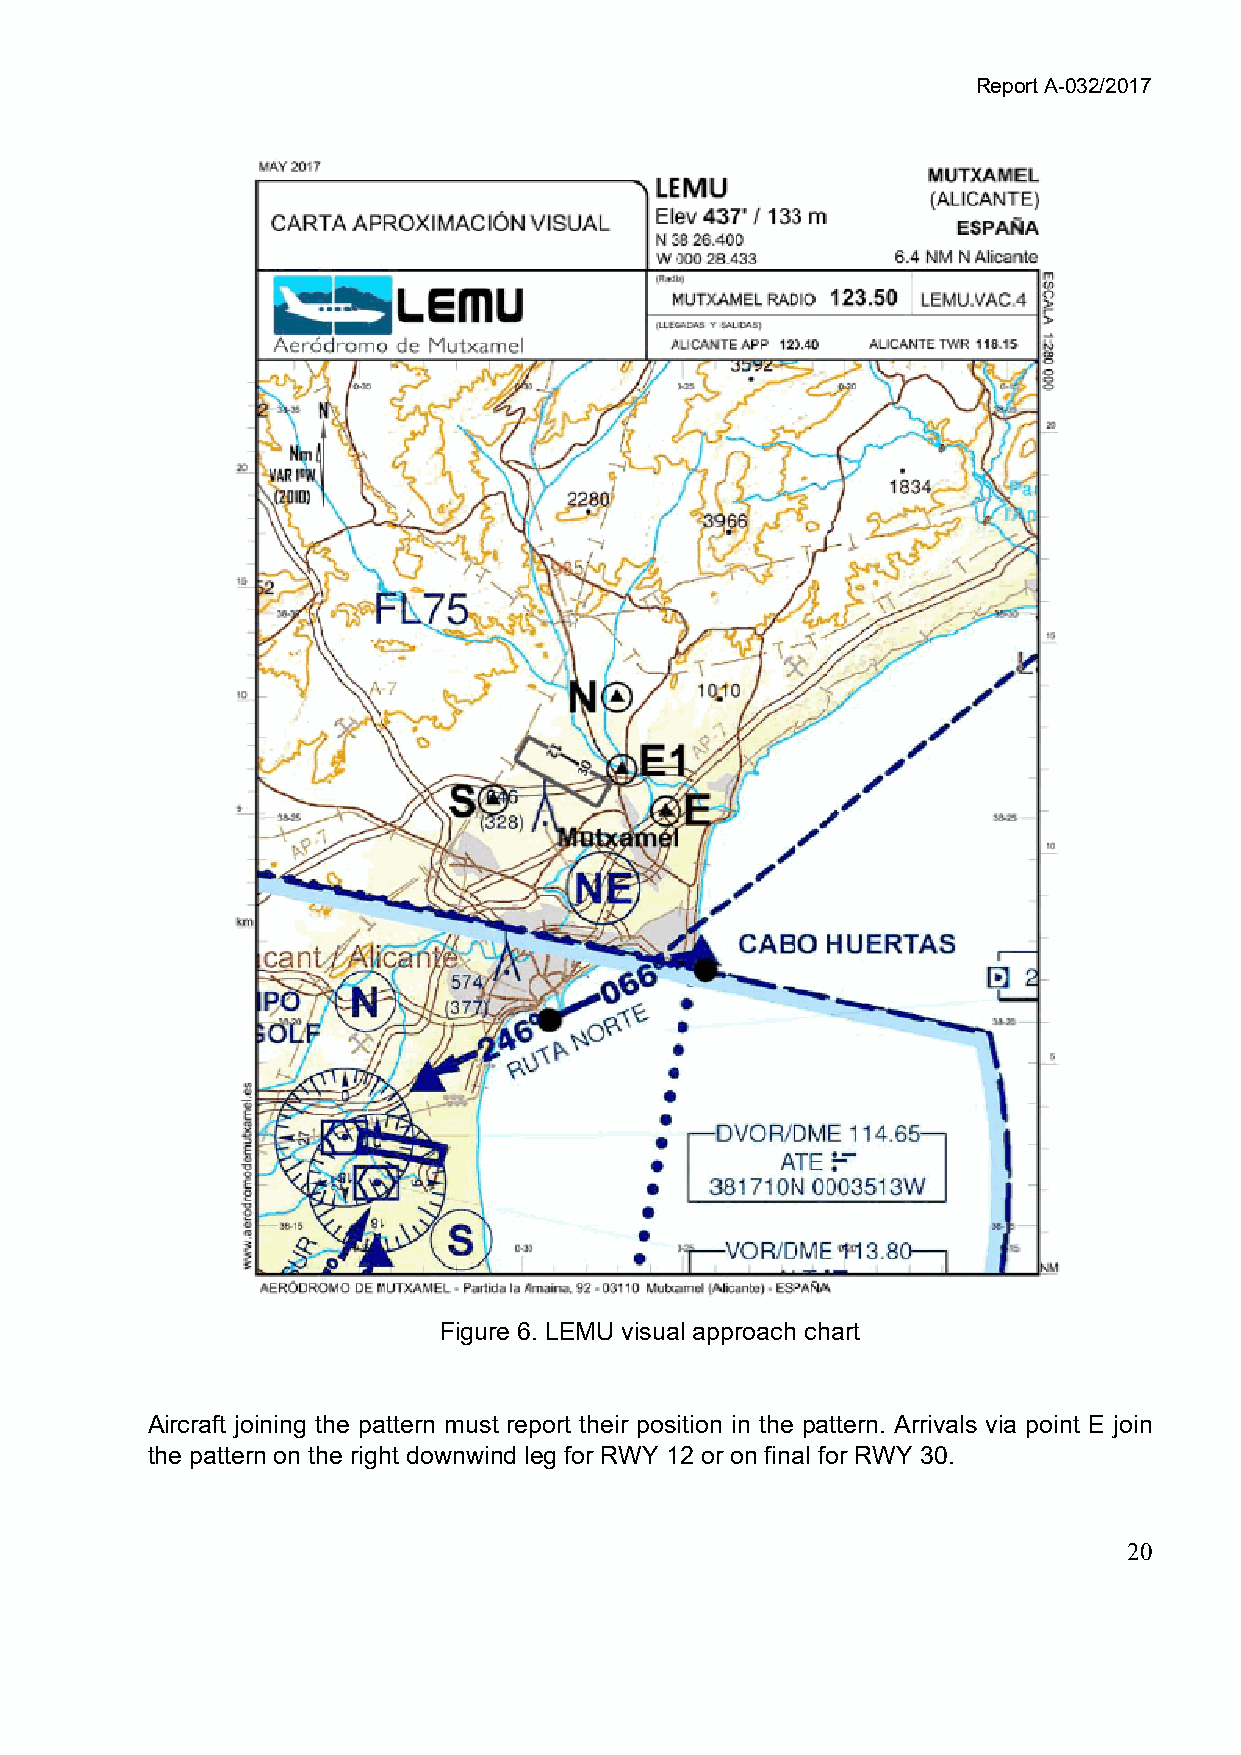
Report A-032/2017
 Figure 6. LEMU visual approach chart
 Aircraft joining the pattern must report their position in the pattern. Arrivals via point E join
 the pattern on the right downwind leg for RWY 12 or on final for RWY 30.
 20